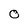
Character: 0